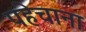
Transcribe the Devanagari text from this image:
पहेचाना